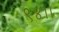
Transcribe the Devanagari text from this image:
९४।।